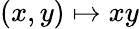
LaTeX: (x,y)\mapsto xy